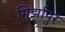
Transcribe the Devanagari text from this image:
मिर्झापुर